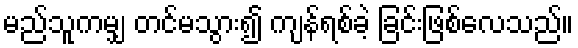
မည်သူကမျှ တင်မသွား၍ ကျန်ရစ်ခဲ့ ခြင်းဖြစ်လေသည်။